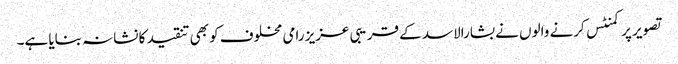
تصویر پر کمنٹس کرنے والوں نے بشارالاسد کے قریبی عزیز رامی مخلوف کو بھی تنقید کا نشانہ بنایا ہے۔